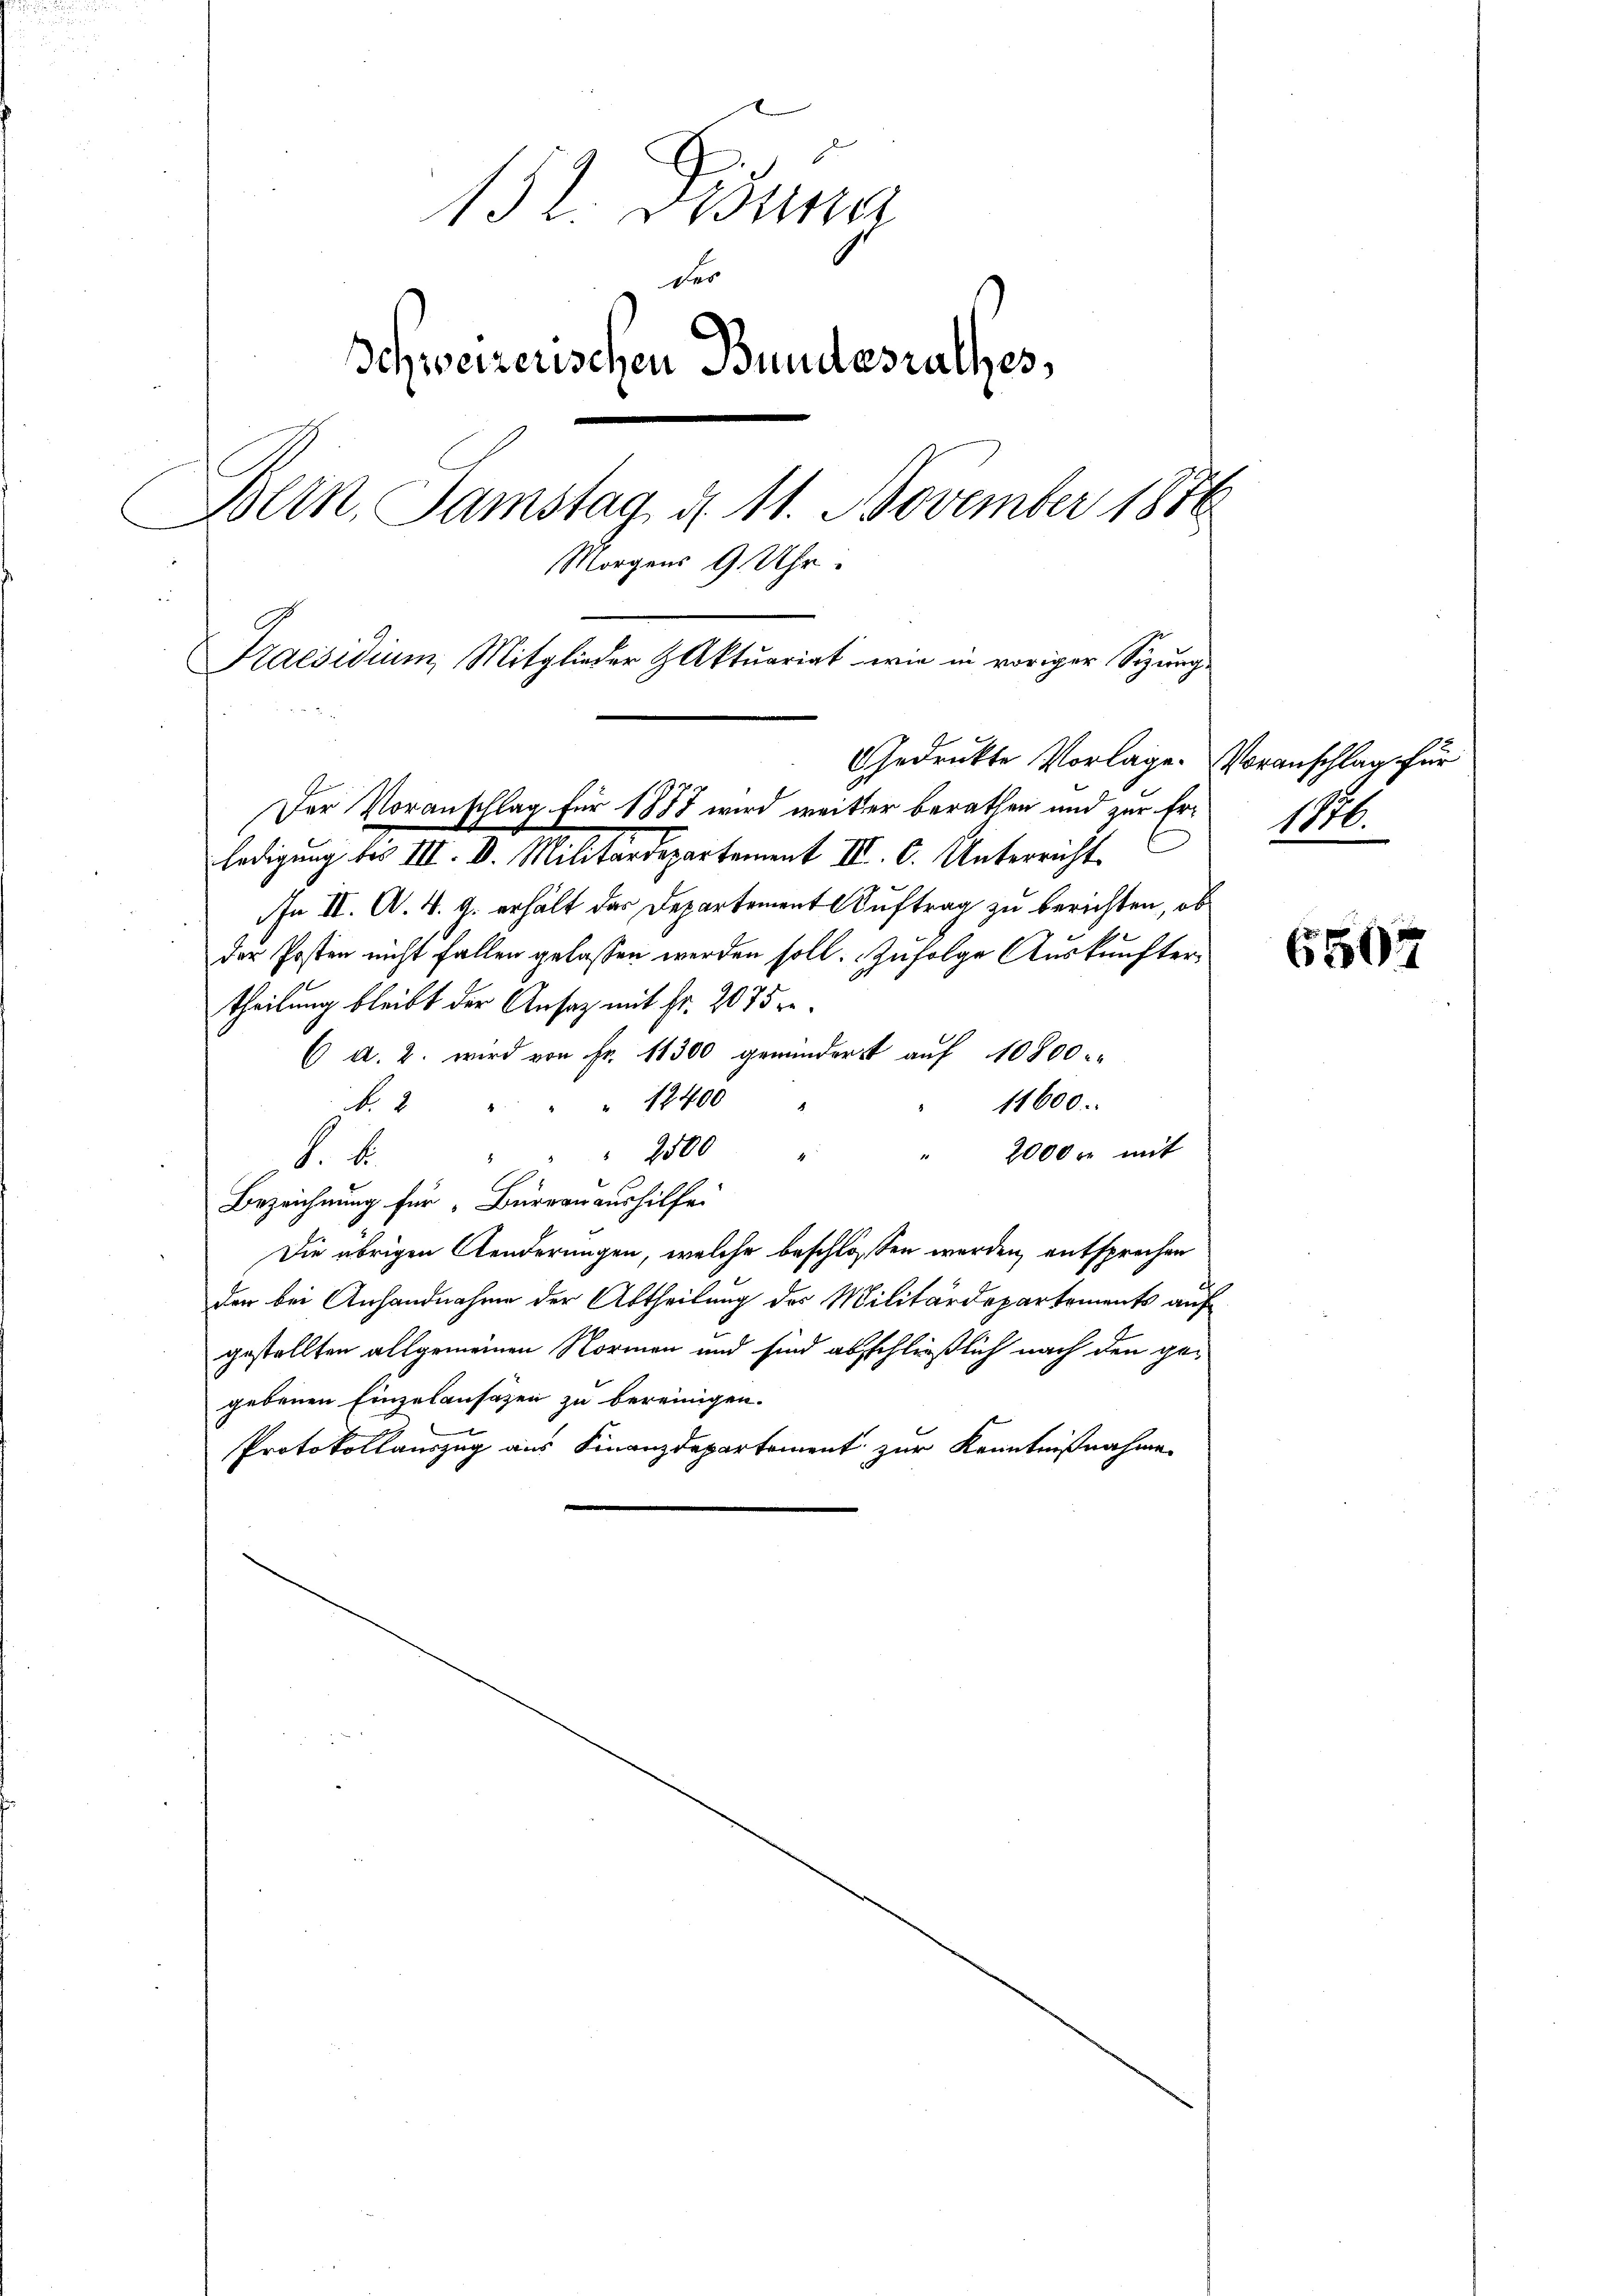
152. Gesung
der
Schweizerischen Bundesrathes,
Bern, Samstag d. 11. November 1886
Morgens 9 Uhr.
Praesidium, Mitglieder Aktuariat wie in voriger Sizung

Der Voranschlag für 1877 wird weiter berathen und zur Er¬

Gedruckte Vorlage. Voranschlag für

ledigung bis III. D. Militärdepartement III. C. Unterricht.
In II. A. 4. 9. erhält das Departement Auftrag zu berichten, ob
der Posten nicht fallen gelassen werden soll. Zufolge Auskunftertheilung bleibt der Ansaz mit fr. 2075 re¬
6 d. 2. wird von Fr. 11300 gemindert auf 10800 u.
 12400
11600.
N. 8
2500
2000 er mit
8
F. u.
Bezeichnung für Bürgeraushilfe.
Die übrigen Aenderungen, welche beschlossen werden, entsprechen
den bei Anhandnahme der Abtheilung des Militärdepartements auf
gestellten allgemeinen Normen und sind abschließlich nach den ge-
gebenen Einzulansazen zu bereinigen.
Protokollauszug aus Finanzdepartement zur Kenntnißnahme

116.

6503